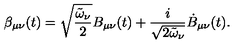
\beta _ { \mu \nu } ( t ) = \sqrt { \frac { \tilde { \omega } _ { \nu } } { 2 } } B _ { \mu \nu } ( t ) + \frac { i } { \sqrt { 2 \tilde { \omega } _ { \nu } } } \dot { B } _ { \mu \nu } ( t ) .